Lunatic asylums Burma 1907-21 - 1907-1921
Year: 1907
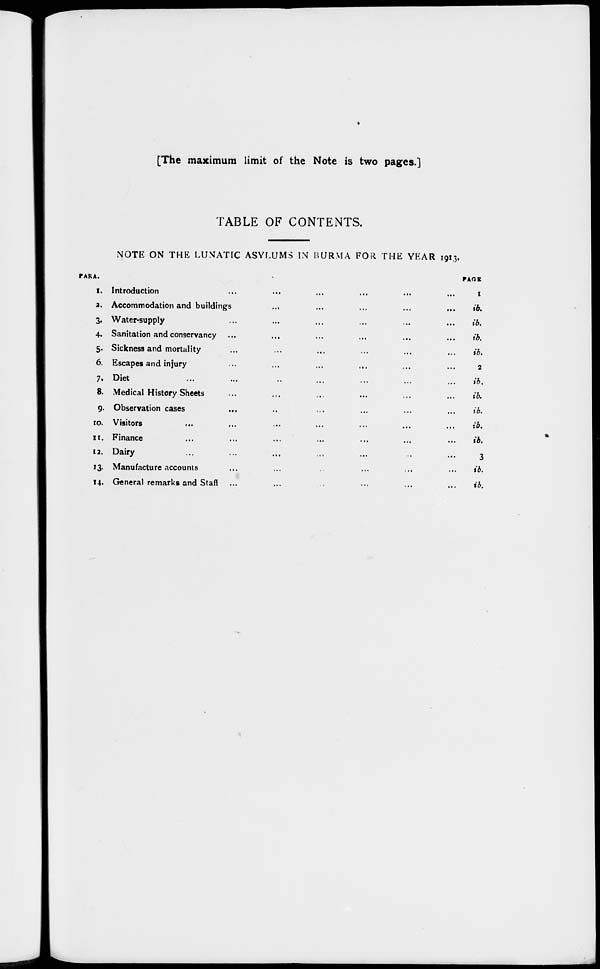
[The maximum limit of the Note is two pages.]
TABLE OF CONTENTS.
NOTE ON THE LUNATIC ASYLUMS IN BURMA FOR THE YEAR 1913.
PARA.
1.
2.
3.
4.
5.
6.
7.
8.
9.
10.
11.
12.
13.
14.
Introduction ... ... ... ... ... ... ...
Accommodation and buildings
...
...
...
...
...
...
...
Water-supply ... ... ... ... ... ... ...
Sanitation and conservancy ... ... ... ... ... ... ...
Sickness and mortality ... ... ... ... ... ... ...
Escapes and injury ... ... ... ... ... ... ...
Diet ... ... ... ... ... ... ...
Medical History Sheets ... ... ... ... ... ... ...
Observation cases ... ... ... ... ... ... ...
Visitors ... ... ... ... ... ... ...
Finance ... ... ... ... ... ... ...
Dairy ... ... ... ... ... ... ...
Manufacture accounts ... ... ... ... ... ... ...
General remarks and Staff ... ... ... ... ... ... ...
PAGE
1
ib.
ib.
ib.
ib.
2
ib.
ib.
ib.
ib.
ib.
3
ib.
ib.